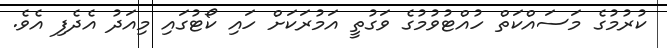
ކުރުމުގެ މަސައްކަތް ހުއްޓުވުމުގެ ވަގުތީ އަމުރަކަށް ހައި ކޯޓުގައި މިއަދު އެދެފި އެވެ.